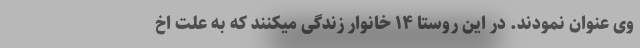
وی عنوان نمودند. در این روستا ۱۴ خانوار زندگی میکنند که به علت اخ